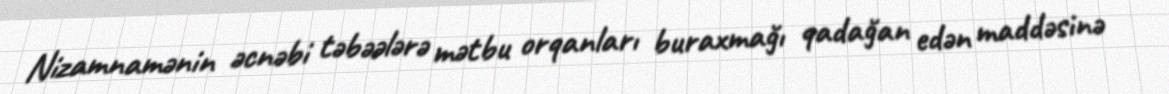
Nizamnamənin əcnəbi təbəələrə mətbu orqanları buraxmağı qadağan edən maddəsinə